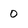
Character: 0